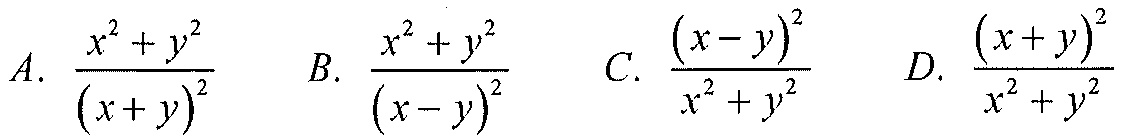
A. \(\dfrac{x^{2}+y^{2}}{(x + y)^{2}}\)  \(\quad\) B. \(\dfrac{x^{2}+y^{2}}{(x - y)^{2}}\)  \(\quad\) C. \(\dfrac{(x - y)^{2}}{x^{2}+y^{2}}\)  \(\quad\) D. \(\dfrac{(x + y)^{2}}{x^{2}+y^{2}}\)